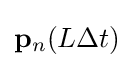
\mathbf {p} _{n}(L\Delta t)